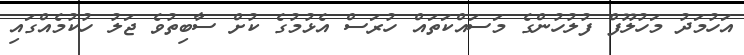
އަހުމަދު މަހުލޫފް ފުލުހުންގެ މަސައްކަތައް ހުރަސް އެޅުމުގެ ކުށް ސާބިތުވެ ޖަލު ހުކުމެއްގައި